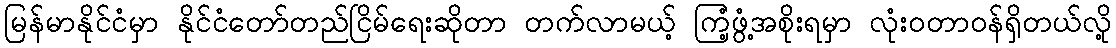
မြန်မာနိုင်ငံမှာ နိုင်ငံတော်တည်ငြိမ်ရေးဆိုတာ တက်လာမယ့် ကြံ့ဖွံ့အစိုးရမှာ လုံးဝတာဝန်ရှိတယ်လို့